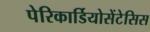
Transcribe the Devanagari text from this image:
पेरिकार्डियोसेंटेसिस